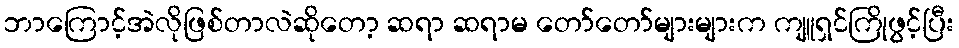
ဘာကြောင့်အဲလိုဖြစ်တာလဲဆိုတော့ ဆရာ ဆရာမ တော်တော်များများက ကျူရှင်ကြိုဖွင့်ပြီး